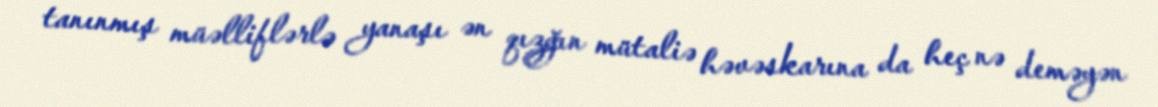
tanınmış müəlliflərlə yanaşı ən qızğın mütaliə həvəskarına da heç nə deməyən